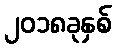
၂၀၁၈ခုနှစ်